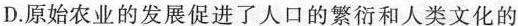
D.原始农业的发展促进了人口的繁衍和人类文化的